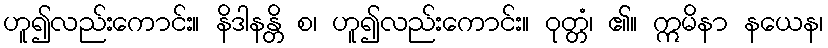
ဟူ၍လည်းကောင်း။ နိဒါနန္တိ စ၊ ဟူ၍လည်းကောင်း။ ဝုတ္တံ၊ ၏။ ဣမိနာ နယေန၊